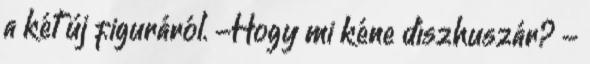
a két új figuráról. -Hogy mi kéne díszhuszár? -